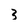
Character: 3